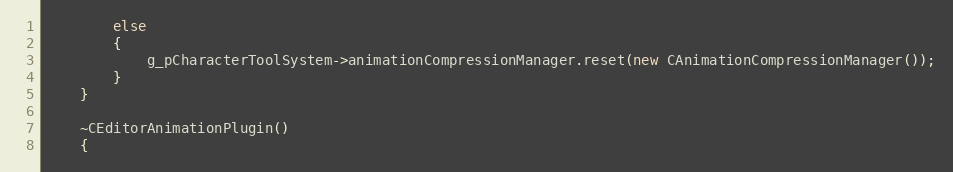
Language: C++
		else
		{
			g_pCharacterToolSystem->animationCompressionManager.reset(new CAnimationCompressionManager());
		}
	}

	~CEditorAnimationPlugin()
	{